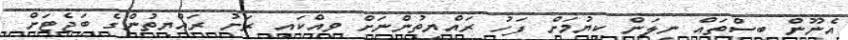
އެނޫން ބިސްތައް ނީލަން ކިޔުމަށް ފަހު ރައްޔިތުންނަށް ވިއްކައި ރަށު ރައްޔިތުންގެ ބަޖެޓަށް